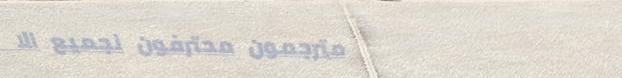
مترجمون محترفون لجميع الا